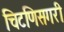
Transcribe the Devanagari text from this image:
चिटणिसगरी